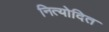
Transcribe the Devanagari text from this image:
नित्योदित